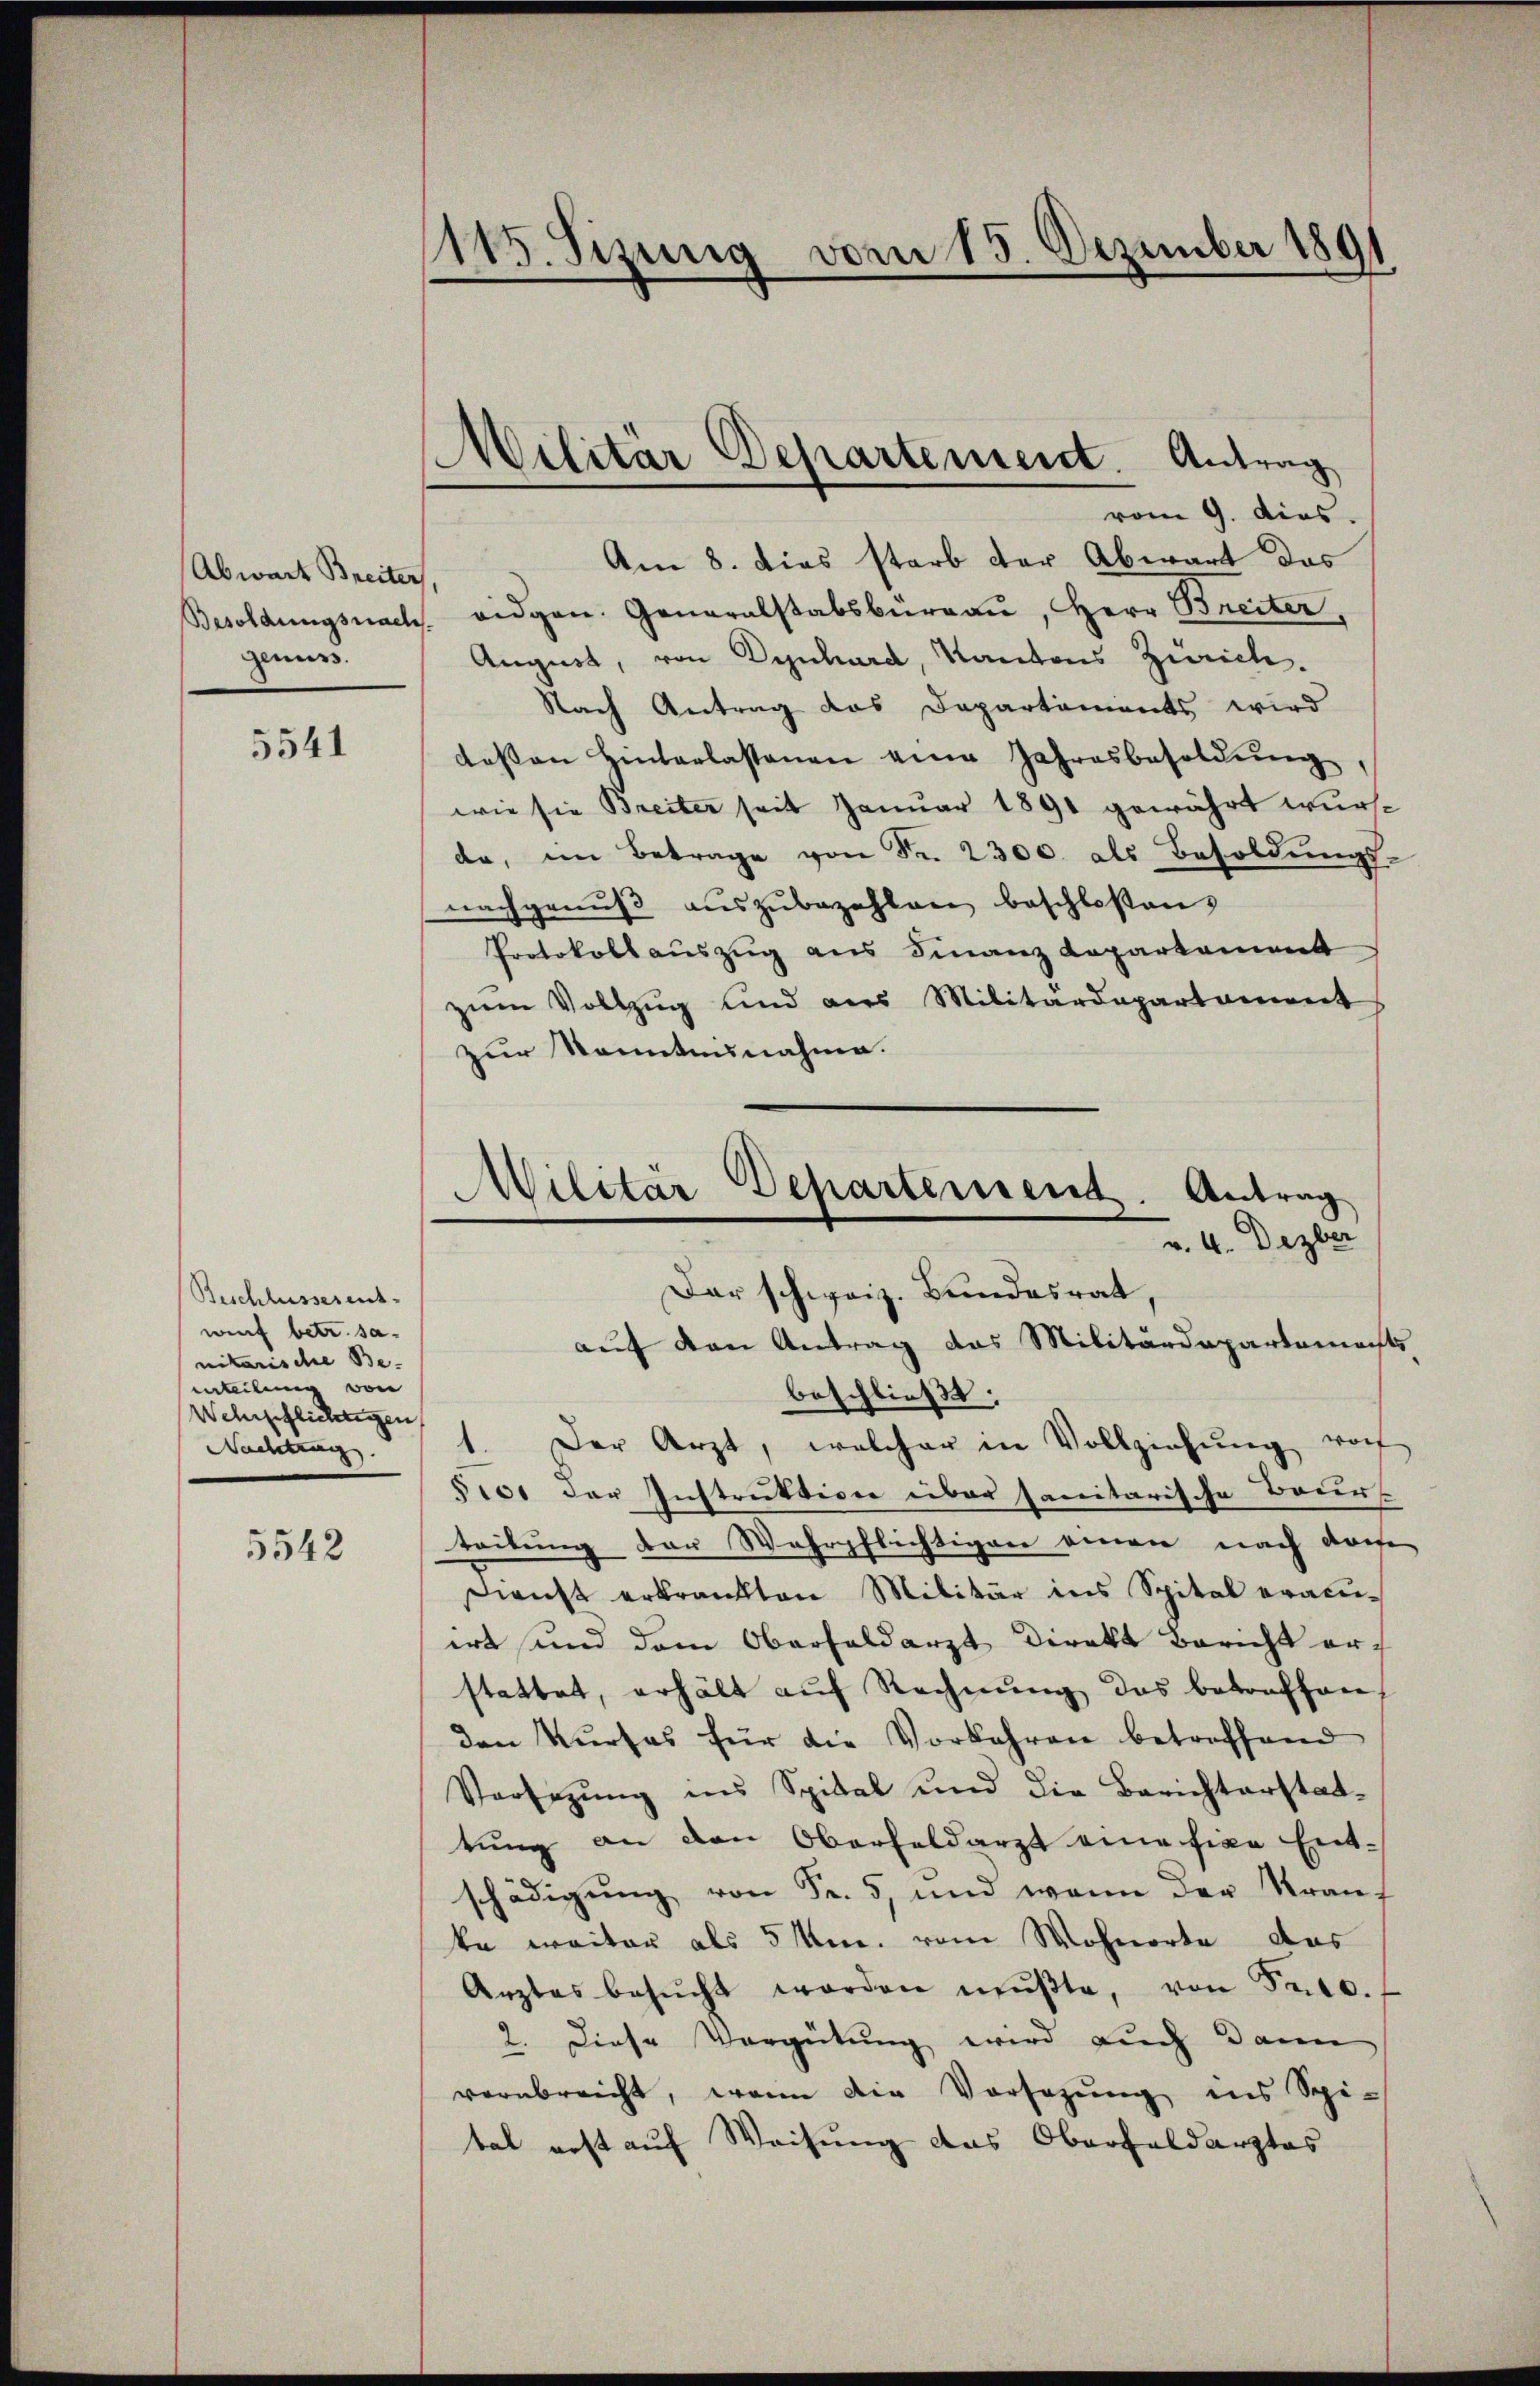
Abwart Breiter
geiers.

5541

Beschlusserent-
wurf betr. sa
nitarische Be-
enteilen von
Wehrschlichtigen
Nachtung.

5542

1115. Sizung vom 15. Dezember 1891

vom 9. dies
Am 8. dies starb der Abwart das
Besoldŭngsnach eidgen. Generalstabsbŭrgaŭ, Herr Breiter,
August, von Dynhard, Kantons Zürich.
Nach Antrag das Departements wird
dessen Hinterlassenen eine Jahresbesoldung
wie sie Breiter seit Januar 1891 gewährt wurde, im Betrage von Fr. 2300. des Besoldungs-
nachgenuß auszubezahlen beschloßen,
Protokoll auszug aus Finanz Loparkament
zŭm Vollzŭg und aus Militärdepartament
zur Kenntnisnahme.

Militär Departement. Antrag

Militär Departement. Antrag
v. 4. Dezber
Dar schweiz. Bundesrat,

auf den Antrag das Militärdepartemechts-
beschließt:
Der Arzt, welcher in Vollziehŭng vor
520. der Instruktion über sanitarische Baur
teilung der Wehrpflichtigen einen nach dorten
Dienst erkrankten Militär ins Spital eral-
irt und dem Oberfaldarzt Direkt Bericht erstattet, erhält aŭf Rechnŭng das betroffen,
den Kurses für die Vorkehren betreffend
Verfügung ins Spital und die Berichterstattung an den Oberfeldarzt eine fixe Ent-
schädigung von Fr. 5, und wenn der Krauf
ka weiter als 5 Mn. vom Wohnorte das
Arztes besŭcht worden mŭβte, von Sr.
2. Diese Vergütung wird auch dann
verabreicht, wenn die Vorsezung ins Spi-
tal erst auf Weisung das Oberfeldarztes